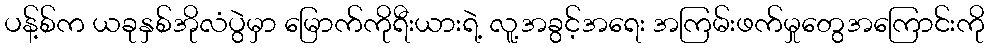
ပန့်စ်က ယခုနှစ်အိုလံပွဲမှာ မြောက်ကိုရီးယားရဲ့ လူ့အခွင့်အရေး အကြမ်းဖက်မှုတွေအကြောင်းကို